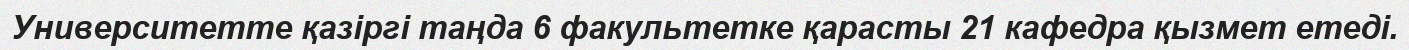
Университетте қазіргі таңда 6 факультетке қарасты 21 кафедра қызмет етеді.